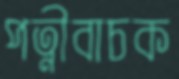
পত্নীবাচক